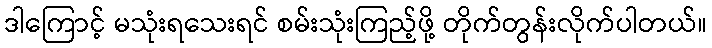
ဒါကြောင့် မသုံးရသေးရင် စမ်းသုံးကြည့်ဖို့ တိုက်တွန်းလိုက်ပါတယ်။